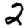
Digit: 2